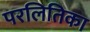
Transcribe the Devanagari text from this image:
परलितिका